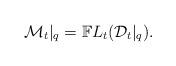
LaTeX: \begin{align*}\mathcal M_t\vert_q=\mathbb FL_t(\mathcal D_t\vert_q).\end{align*}